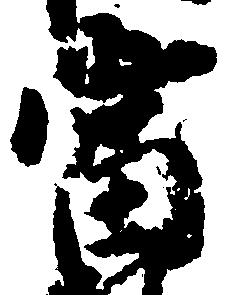
当